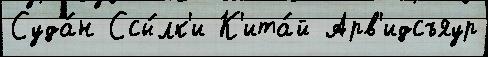
Суда́н Ссы́лк'и К'ита́й Арв'идсъяур